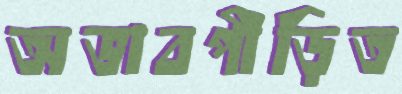
অভাবপীড়িত